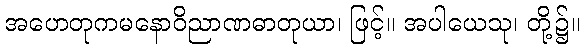
အဟေတုကမနောဝိညာဏဓာတုယာ၊ ဖြင့်။ အပါယေသု၊ တို့၌။